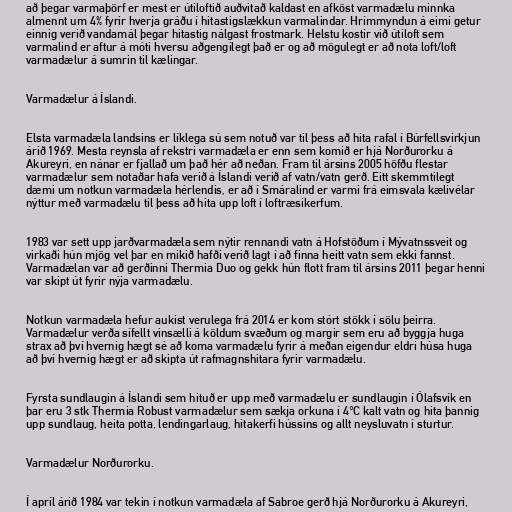
að þegar varmaþörf er mest er útiloftið auðvitað kaldast en afköst varmadælu minnka
almennt um 4% fyrir hverja gráðu í hitastigslækkun varmalindar. Hrímmyndun á eimi getur
einnig verið vandamál þegar hitastig nálgast frostmark. Helstu kostir við útiloft sem
varmalind er aftur á móti hversu aðgengilegt það er og að mögulegt er að nota loft/loft
varmadælur á sumrin til kælingar.

Varmadælur á Íslandi.

Elsta varmadæla landsins er líklega sú sem notuð var til þess að hita rafal í Búrfellsvirkjun
árið 1969. Mesta reynsla af rekstri varmadæla er enn sem komið er hjá Norðurorku á
Akureyri, en nánar er fjallað um það hér að neðan. Fram til ársins 2005 höfðu flestar
varmadælur sem notaðar hafa verið á Íslandi verið af vatn/vatn gerð. Eitt skemmtilegt
dæmi um notkun varmadæla hérlendis, er að í Smáralind er varmi frá eimsvala kælivélar
nýttur með varmadælu til þess að hita upp loft í loftræsikerfum.

1983 var sett upp jarðvarmadæla sem nýtir rennandi vatn á Hofstöðum í Mývatnssveit og
virkaði hún mjög vel þar en mikið hafði verið lagt í að finna heitt vatn sem ekki fannst.
Varmadælan var að gerðinni Thermia Duo og gekk hún flott fram til ársins 2011 þegar henni
var skipt út fyrir nýja varmadælu.

Notkun varmadæla hefur aukist verulega frá 2014 er kom stórt stökk í sölu þeirra.
Varmadælur verða sífellt vinsælli á köldum svæðum og margir sem eru að byggja huga
strax að því hvernig hægt sé að koma varmadælu fyrir á meðan eigendur eldri húsa huga
að því hvernig hægt er að skipta út rafmagnshitara fyrir varmadælu.

Fyrsta sundlaugin á Íslandi sem hituð er upp með varmadælu er sundlaugin í Ólafsvík en
þar eru 3 stk Thermia Robust varmadælur sem sækja orkuna í 4°C kalt vatn og hita þannig
upp sundlaug, heita potta, lendingarlaug, hitakerfi hússins og allt neysluvatn í sturtur.

Varmadælur Norðurorku.

Í apríl árið 1984 var tekin í notkun varmadæla af Sabroe gerð hjá Norðurorku á Akureyri,